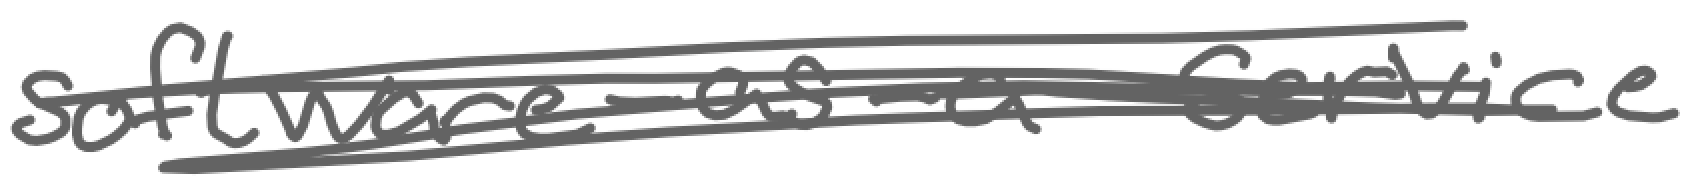
Text: software-as-a-service
Cross-out: scratch
Writing tool: digital_gray